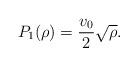
LaTeX: \begin{align*}P_1(\rho)=\frac{v_0}{2}\sqrt{\rho}.\end{align*}